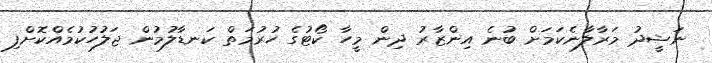
ނަޝީދު މަރާލާނެކަމަށް ބުނެ އިންޒާރު ދިން މީހާ ކޯޓުގެ ހުރުމަތް ކަނޑާލުމުން ޖަލުހުކުމެއްކޮށްފި